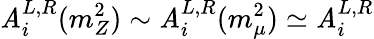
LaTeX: \mathit{A}_{i}^{L,R}(m_{Z}^{2})\sim\mathit{A}_{i}^{L,R}(m_{\mu}^{2})\simeq\mathit{A}_{i}^{L,R}